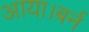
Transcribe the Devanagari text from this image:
आया।बर्न